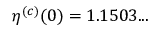
\eta ^ { ( c ) } ( 0 ) = 1 . 1 5 0 3 . . .